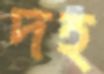
দহ